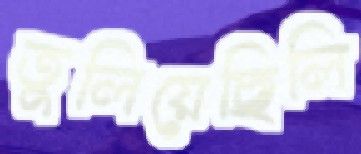
তুলিয়েছিলি